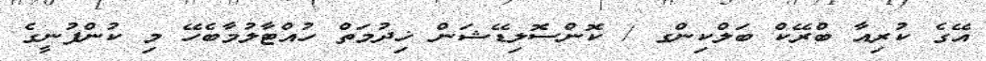
އޭގެ ކުރިއާ ބްރޭކް ބަލްކިންގ / ކޮންސޮލިޑޭޝަން ޚިދުމަތް ހުއްޓާލުމާބެހޭ މި ކުންފުނީގެ